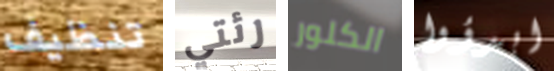
تنظيف رئتي الكلور ابدؤوا